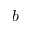
b